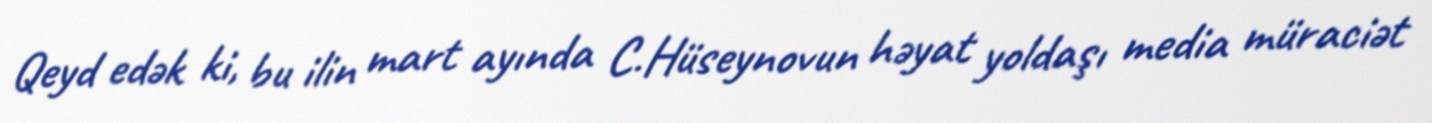
Qeyd edək ki, bu ilin mart ayında C.Hüseynovun həyat yoldaşı media müraciət